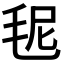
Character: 𣭙